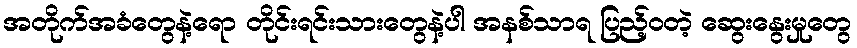
အတိုက်အခံတွေနဲ့ရော တိုင်းရင်းသားတွေနဲ့ပါ အနစ်သာရ ပြည့်ဝတဲ့ ဆွေးနွေးမှုတွေ